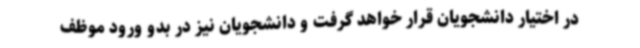
در اختیار دانشجویان قرار خواهد گرفت و دانشجویان نیز در بدو ورود موظف